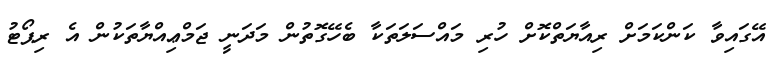
އޭގައިވާ ކަންކަމަށް ރިއާޔަތްކޮށް ހުރި މައްސަލަތަކާ ބެހޭގޮތުން މަދަނީ ޖަމްޢިއްޔާތަކުން އެ ރިޕޯޓު